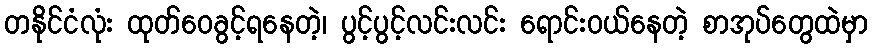
တနိုင်ငံလုံး ထုတ်ဝေခွင့်ရနေတဲ့၊ ပွင့်ပွင့်လင်းလင်း ရောင်းဝယ်နေတဲ့ စာအုပ်တွေထဲမှာ